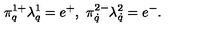
\pi _ { q } ^ { 1 + } \lambda _ { q } ^ { 1 } = e ^ { + } , \ \pi _ { \dot { q } } ^ { 2 - } \lambda _ { \dot { q } } ^ { 2 } = e ^ { - } .